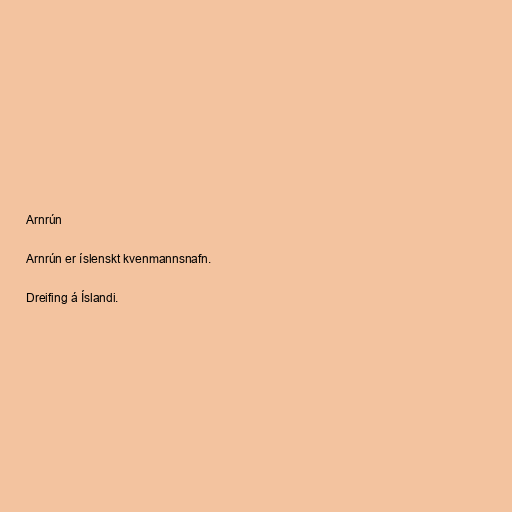
Arnrún

Arnrún er íslenskt kvenmannsnafn.

Dreifing á Íslandi.